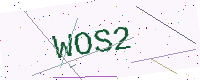
Text: WOS2